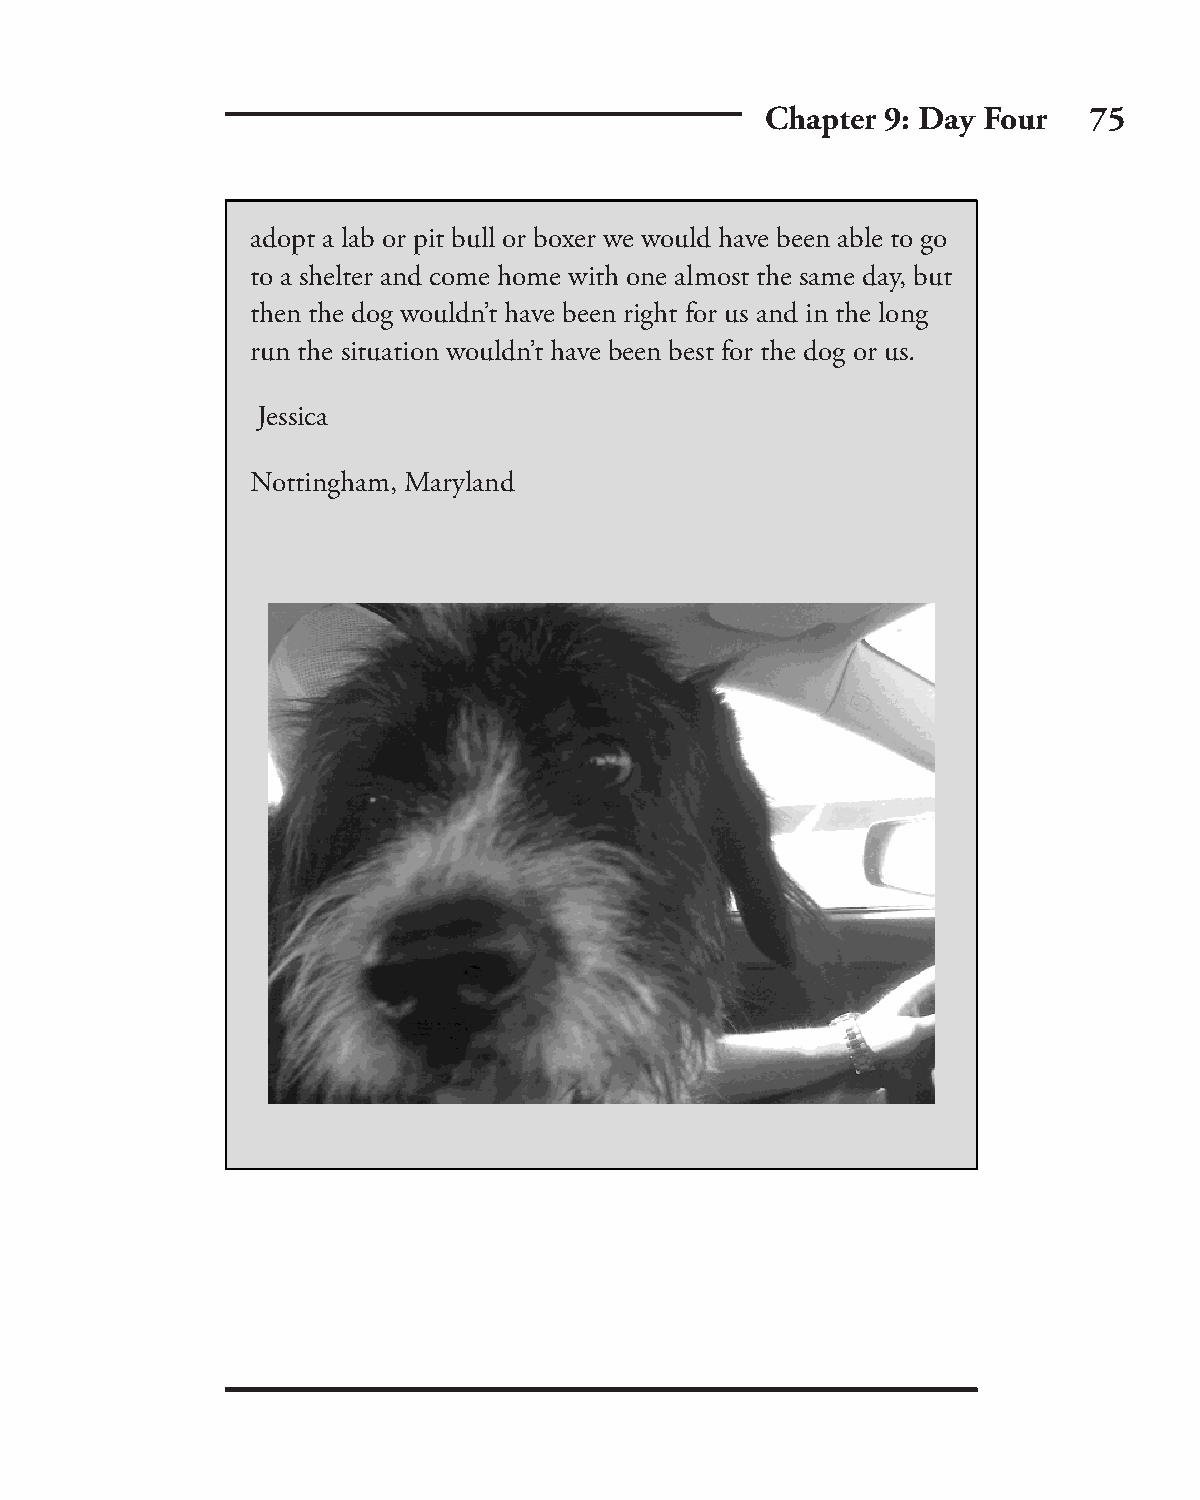
Chapter 9: Day Four  75
 adopt a lab or pit bull or boxer we would have been able to go
 to a shelter and come home with one almost the same day, but
 then the dog wouldn’t have been right for us and in the long
 run the situation wouldn’t have been best for the dog or us.
 Jessica
 Nottingham, Maryland